Indian journal of veterinary science and animal husbandry - Volumes 24-25, 1954-1955
Year: 1954
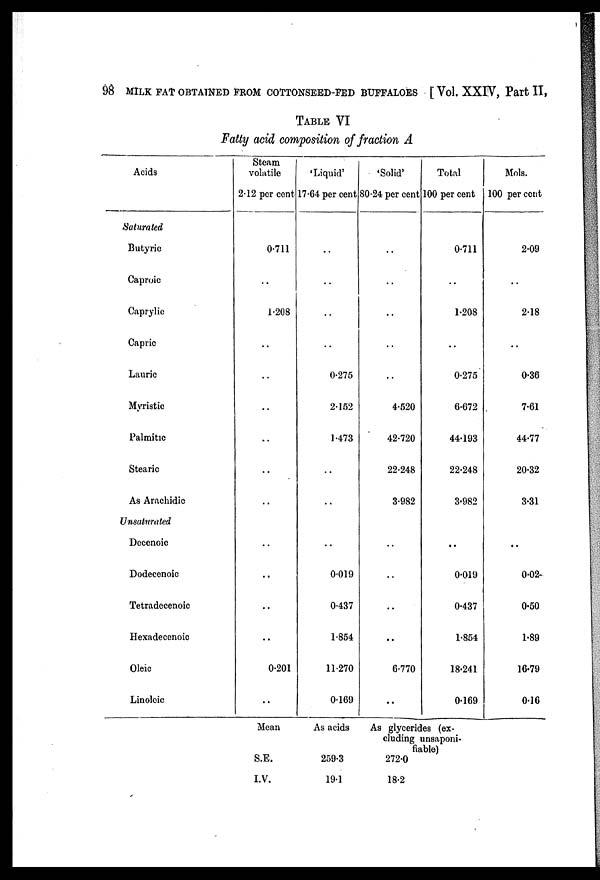
98 MILK FAT OBTAINED FROM COTTONSEED-FED BUFFALOES [Vol. XXIV, Part II,
TABLE VI
Fatty acid composition of fraction A
Acids
Saturated
Butyric
Caproic
Caprylic
Capric
Laurie
Myristic
Palmitic
Stearic
As Arachidic
Unsaturated
Decenoic
Dodecenoic
Tetradecenoic
Hexadecenoic
Oleic
Linoleic
Steam
volatile
2.12 per cent
0.711
1.208
..
..
..
..
..
..
..
..
..
..
..
0.201
..
'Liquid'
17.64 per cent
..
..
..
..
0.275
2.152
1.473
0.019
0.437
1.854
11.270
0.169
'Solid'
80.24 per cent
..
..
..
..
..
4.520
42.720
22.248
3.982
..
..
..
..
6.770
. .
Total
100 per cent
0.711
..
1.208
..
0.275
6.C72
44.193
22.248
3.982
..
0.019
0.437
1.854
18.241
0.169
Mols.
100 per cent
2.09
..
2.18
..
0.36
7.61
44.77
20.32
3.31
..
0.02
0.50
1.89
16.79
0.16
Mean
S.E.
I.V.
As acids
259.3
19.1
As glycerides (ex-
cluding unsaponi-
fiable)
272.0
18.2